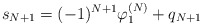
\begin{align*}s_{N+1}=(-1)^{N+1}\varphi_1^{(N)}+q_{N+1}\end{align*}